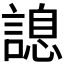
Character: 𧪩